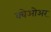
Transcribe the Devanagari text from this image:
क्वेओअर